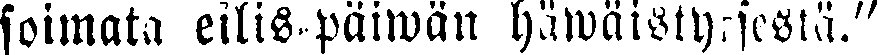
soimata eilis-päiwän häwäistyksestä."